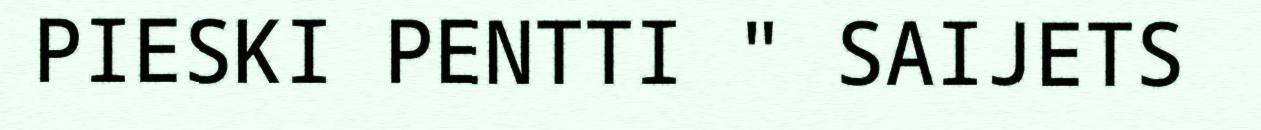
PIESKI PENTTI " SAIJETS